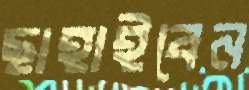
ছাহাইবেন